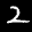
Label: 2